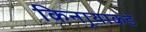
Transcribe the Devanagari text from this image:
किनार्‍याकडे